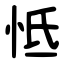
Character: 怟